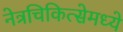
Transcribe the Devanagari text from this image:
नेत्रचिकित्सेमध्ये